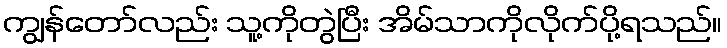
ကျွန်တော်လည်း သူ့ကိုတွဲပြီး အိမ်သာကိုလိုက်ပို့ရသည်။